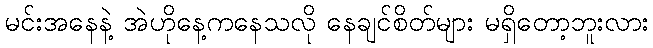
မင်းအနေနဲ့ အဲဟိုနေ့ကနေသလို နေချင်စိတ်များ မရှိတော့ဘူးလား